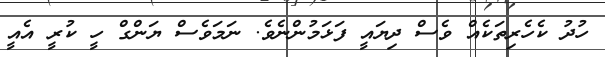
ހުދު ކެހެރިތަކެއް ވެސް ދިޔައީ ފަޅަމުންނެވެ. ނަމަވެސް ޔަންގް ހީ ކުރީ އެއީ